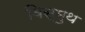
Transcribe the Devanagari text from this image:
विस्मुथ